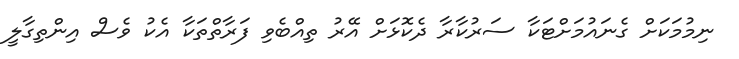
ނިމުމަކަށް ގެނައުމަށްޓަކާ ސަރުކާރާ ދެކޮޅަށް އޭރު ތިއްބެވި ފަރާތްތަކާ އެކު ވެސް އިންތިގާލީ